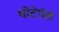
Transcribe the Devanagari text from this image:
थोटेपंत